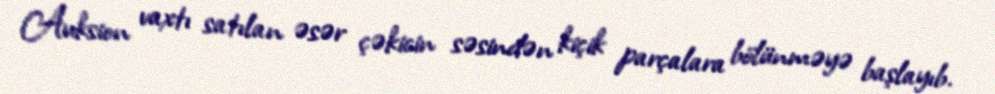
Auksion vaxtı satılan əsər çəkicin səsindən kiçik parçalara bölünməyə başlayıb.